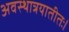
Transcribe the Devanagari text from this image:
अवस्थात्रयातीतः।